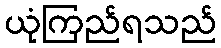
ယုံကြည်ရသည်